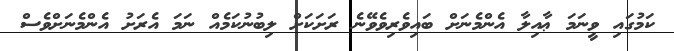
ކަމުގައި ވީނަމަ ޢާއިލާ އެންމެނަށް ބައިވެރިވެވޭނެ ރަށަކަށް ލިބުނުކަމެއް ނަމަ އެރަށު އެންމެނަށްވެސް